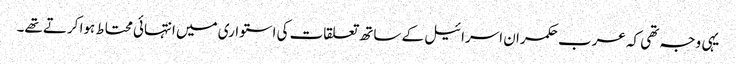
یہی وجہ تھی کہ عرب حکمران اسرائیل کے ساتھ تعلقات کی استواری میں انتہائی محتاط ہوا کرتے تھے۔